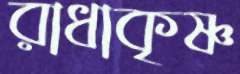
রাধাকৃষ্ণ